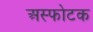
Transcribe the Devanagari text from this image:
अस्फोटक